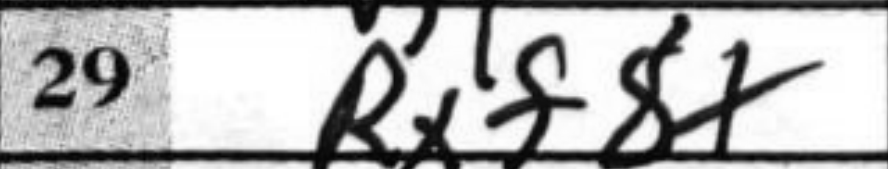
Transcription: Rxf8+